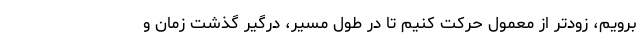
برویم، زودتر از معمول حرکت کنیم تا در طول مسیر، درگیر گذشت زمان و